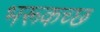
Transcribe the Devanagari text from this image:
भरूकच्छ